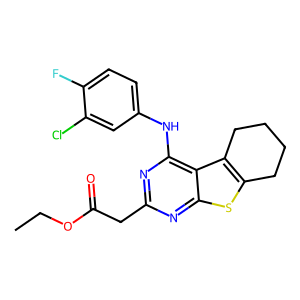
SMILES: CCOC(=O)Cc1nc(Nc2ccc(F)c(Cl)c2)c2c3c(sc2n1)CCCC3
Inhibits HIV replication: No